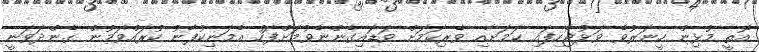
އޮތީ މުޅިން ހީނަރުވެ ވަޅުޖެހިފައި ކަމަށާއި ވެރިކަމަށް ވަޑައިގެންނެވުމަށްފަހު އެމަނިކުފާނު ކުރައްވަމުން ގެންދަވަނީ